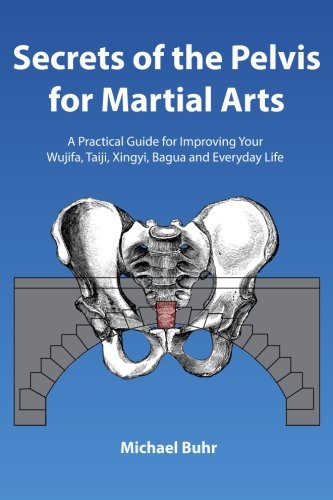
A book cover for Secrets of the Pelvis for Martial Arts: A Practical Guide for Improving Your Wujifa, Taiji, Xingyi, Bagua and Everyday Life; Mr Michael J. Buhr; Sports & Outdoors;